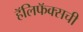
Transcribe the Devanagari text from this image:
हॅलिफॅक्सची